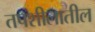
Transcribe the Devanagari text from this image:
तपशीलातील